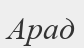
Арад